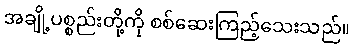
အချို့ပစ္စည်းတို့ကို စစ်ဆေးကြည့်သေးသည်။